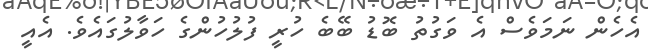
އެހެން ނަމަވެސް އެ ވަގުތު ބޮޑު ބޭބެ ހުރީ ފުލުހުންގެ ހަވާލުގައެވެ. އެއީ